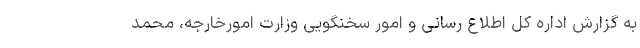
به گزارش اداره کل اطلاع رسانی و امور سخنگویی وزارت امورخارجه، محمد